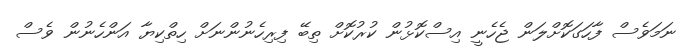
ނަމަވެސް ފާހަގަކޮށްލަން ޖެހެނީ އިސްކޮޅުން ކުރުކޮށް ތިބޭ ފިރިހެނުންނަށް ހިތްކިޔާ އަންހެނުން ވެސް